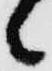
候